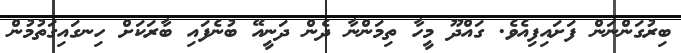
ބިރުގަންނަން ފަށައިފިއެވެ. ގައްދޫ މީހާ ތިމަންނާ ދެން ދަނީއޭ ބުނެފައި ބާރަކަށް ހިނގައިގަތުމުން